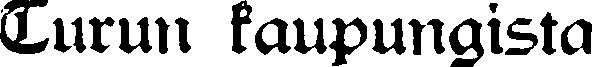
Turun kaupungista